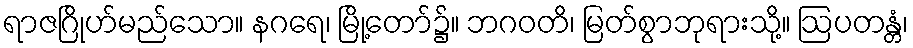
ရာဇဂြိုဟ်မည်သော။ နဂရေ၊ မြို့တော်၌။ ဘဂဝတိ၊ မြတ်စွာဘုရားသို့။ ဩပတန္တံ၊